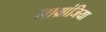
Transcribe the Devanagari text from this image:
लाग्रांजिया